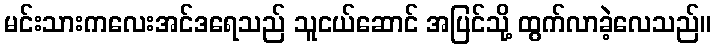
မင်းသားကလေးအင်ဒရေသည် သူငယ်ဆောင် အပြင်သို့ ထွက်လာခဲ့လေသည်။